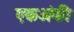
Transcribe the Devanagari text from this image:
एकअंकी